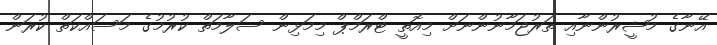
އޭނާގެ މުޝީރުންނާއި ތަރުޖަމާނުންނަށް މިއޮތީ ޓްރަމްޕް މިމަޅިން ސަލާމަތް ކުރުމުގެ މަސައްކަތް ކުރަން